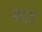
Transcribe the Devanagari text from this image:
माउड